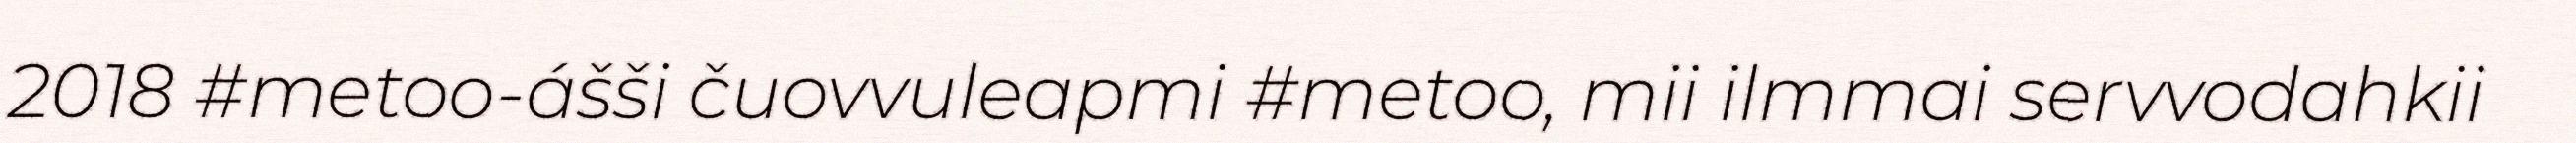
2018 #metoo-ášši čuovvuleapmi #metoo, mii ilmmai servvodahkii